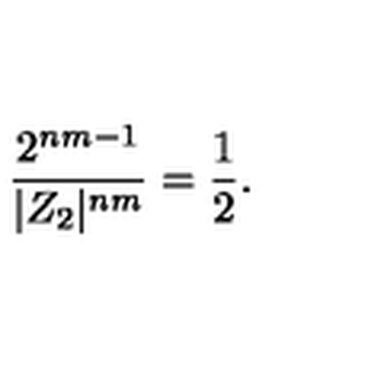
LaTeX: \frac { 2 ^ { n m - 1 } } { | Z _ { 2 } | ^ { n m } } = \frac { 1 } { 2 } .